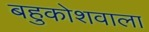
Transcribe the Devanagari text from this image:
बहुकोशवाला